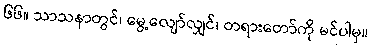
၆၆။ သာသနာတွင်၊ မွေ့လျော်လျှင်၊ တရားတော်ကို မင်ပါမှ။